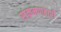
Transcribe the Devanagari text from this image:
संक्रमणहारी